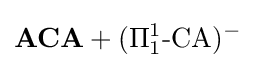
\mathbf {ACA} +(\Pi _{1}^{1}{\text{-CA}})^{-}